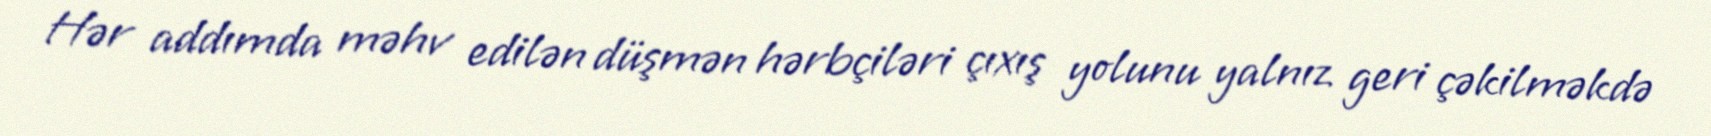
Hər addımda məhv edilən düşmən hərbçiləri çıxış yolunu yalnız geri çəkilməkdə